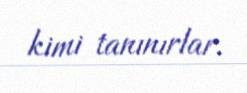
kimi tanınırlar.